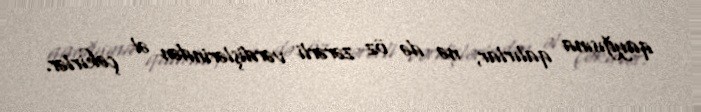
qayğısına qalırlar, nə də öz zərərli vərdişlərindən əl çəkirlər.